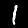
Label: 1